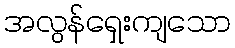
အလွန်ရှေးကျသော